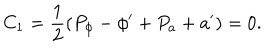
C _ { 1 } = { \frac { 1 } { 2 } } ( P _ { \phi } - \phi ^ { \prime } + { P _ { a } + a ^ { \prime } } ) = 0 .